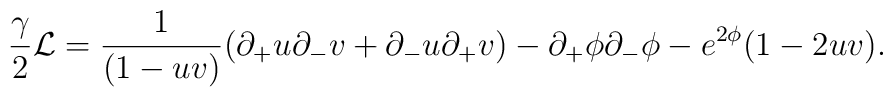
{\gamma\over 2} {\cal L}={1\over (1-uv)} \bigl (\partial_+u \partial_-v+\partial_-u \partial_+v\bigr ) -\partial_+\phi \partial_-\phi-e^{2\phi}(1-2uv).